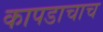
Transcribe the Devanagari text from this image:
कापडाचाच